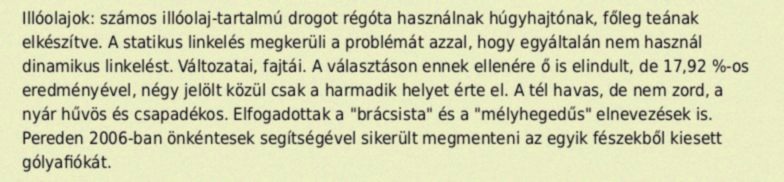
Illóolajok: számos illóolaj-tartalmú drogot régóta használnak húgyhajtónak, főleg teának elkészítve. A statikus linkelés megkerüli a problémát azzal, hogy egyáltalán nem használ dinamikus linkelést. Változatai, fajtái. A választáson ennek ellenére ő is elindult, de 17,92 %-os eredményével, négy jelölt közül csak a harmadik helyet érte el. A tél havas, de nem zord, a nyár hűvös és csapadékos. Elfogadottak a "brácsista" és a "mélyhegedűs" elnevezések is. Pereden 2006-ban önkéntesek segítségével sikerült megmenteni az egyik fészekből kiesett gólyafiókát.